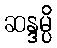
ဆန္ဒမ္ပိ